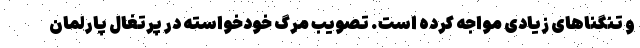
و تنگناهای زیادی مواجه کرده است. تصویب مرگ خودخواسته در پرتغال پارلمان